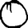
Digit: 0